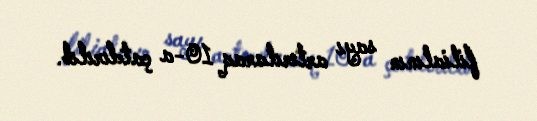
filialının sayı artırılaraq 10-a çatdırılıb.